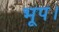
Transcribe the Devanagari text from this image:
भूप।